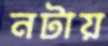
নটায়